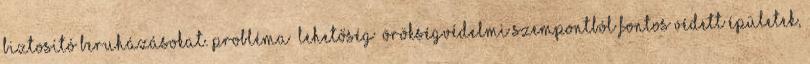
biztosító beruházásokat. Probléma lehetőség ▪Örökségvédelmi szempontból fontos védett épületek,